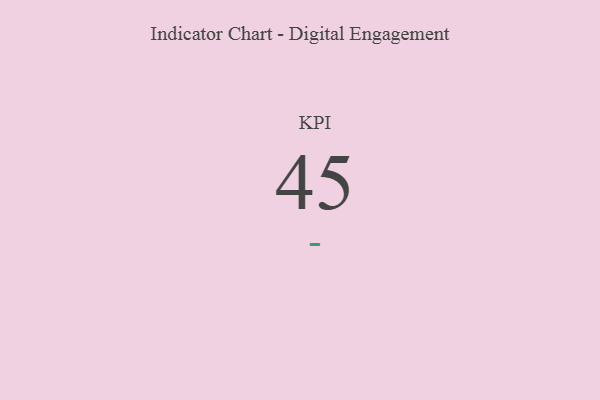
{"axis": {"x": "KPI", "y": "Value"}, "legend": [""], "data": [{"x": "KPI", "y": 45, "type": ""}]}